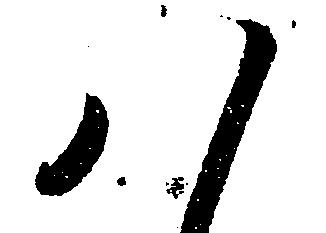
八